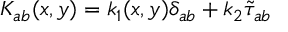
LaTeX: K _ { a b } ( x , y ) = k _ { 1 } ( x , y ) \delta _ { a b } + k _ { 2 } { \tilde { \tau } } _ { a b }